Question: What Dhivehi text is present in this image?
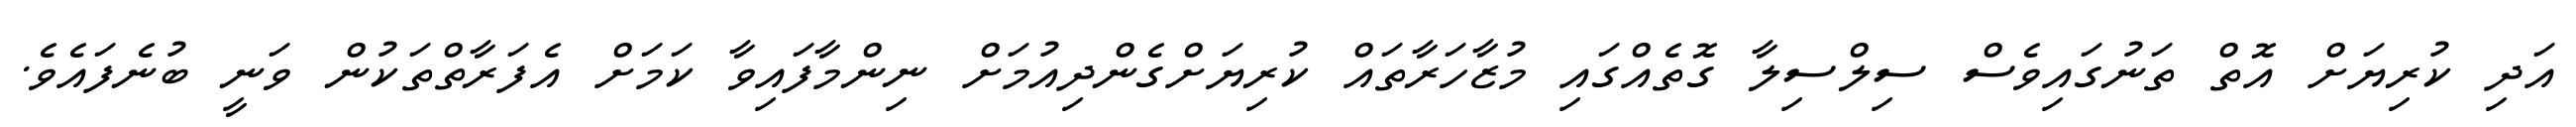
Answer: އަދި ކުރިޔަށް އޮތް ތަނުގައިވެސް ސިލްސިލާ ގޮތެއްގައި މުޒާހަރާތައް ކުރިޔަށްގެންދިއުމަށް ނިންމާފައިވާ ކަމަށް އެފަރާތްތަކުން ވަނީ ބުނެފައެވެ.